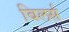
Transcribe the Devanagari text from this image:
बिलर्स